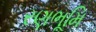
રણભૂમિ